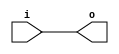
module bsg_transpose_width_p1_els_p2
(
  i,
  o
);

  input [1:0] i;
  output [1:0] o;
  wire [1:0] o;
  assign o[1] = i[1];
  assign o[0] = i[0];

endmodule